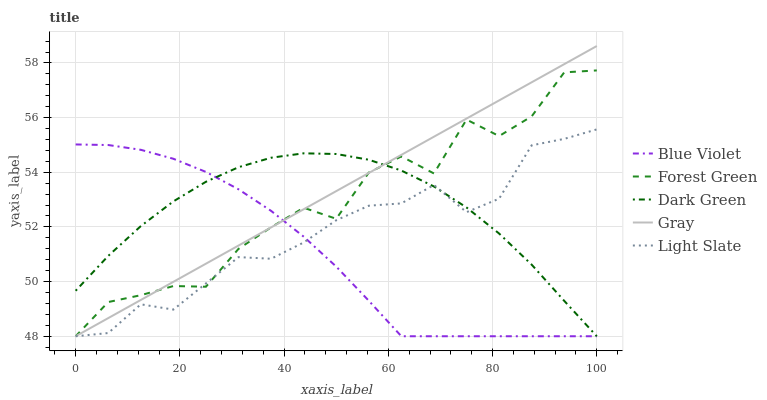
| xaxis_label | Blue Violet | Forest Green | Dark Green | Gray | Light Slate |
 | --- | --- | --- | --- | --- | --- |
 | 0 | 55 | 48 | 49.7 | 48 | 48 |
 | 6.25 | 55 | 49.3 | 50.9 | 48.7 | 48.1 |
 | 12.5 | 54.8 | 49.5 | 52 | 49.3 | 49.2 |
 | 18.8 | 54.5 | 49.8 | 52.9 | 50 | 49 |
 | 25 | 54 | 49.8 | 53.7 | 50.7 | 49.9 |
 | 31.2 | 53.4 | 51.2 | 54.2 | 51.3 | 50.9 |
 | 37.5 | 52.6 | 52 | 54.5 | 52 | 50.8 |
 | 43.8 | 51.6 | 52.7 | 54.7 | 52.6 | 51.4 |
 | 50 | 50.5 | 52.3 | 54.7 | 53.3 | 52.2 |
 | 56.2 | 49.3 | 54 | 54.5 | 54 | 52.8 |
 | 62.5 | 48 | 54.6 | 54.1 | 54.6 | 52.9 |
 | 68.8 | 48 | 54 | 53.5 | 55.3 | 53.5 |
 | 75 | 48 | 55.9 | 52.7 | 56 | 52.5 |
 | 81.2 | 48 | 55.3 | 51.8 | 56.6 | 53 |
 | 87.5 | 48 | 56 | 50.6 | 57.3 | 55 |
 | 93.8 | 48 | 57.7 | 49.3 | 58 | 55.2 |
 | 100 | 48 | 57.7 | 48 | 58.6 | 55.6 |